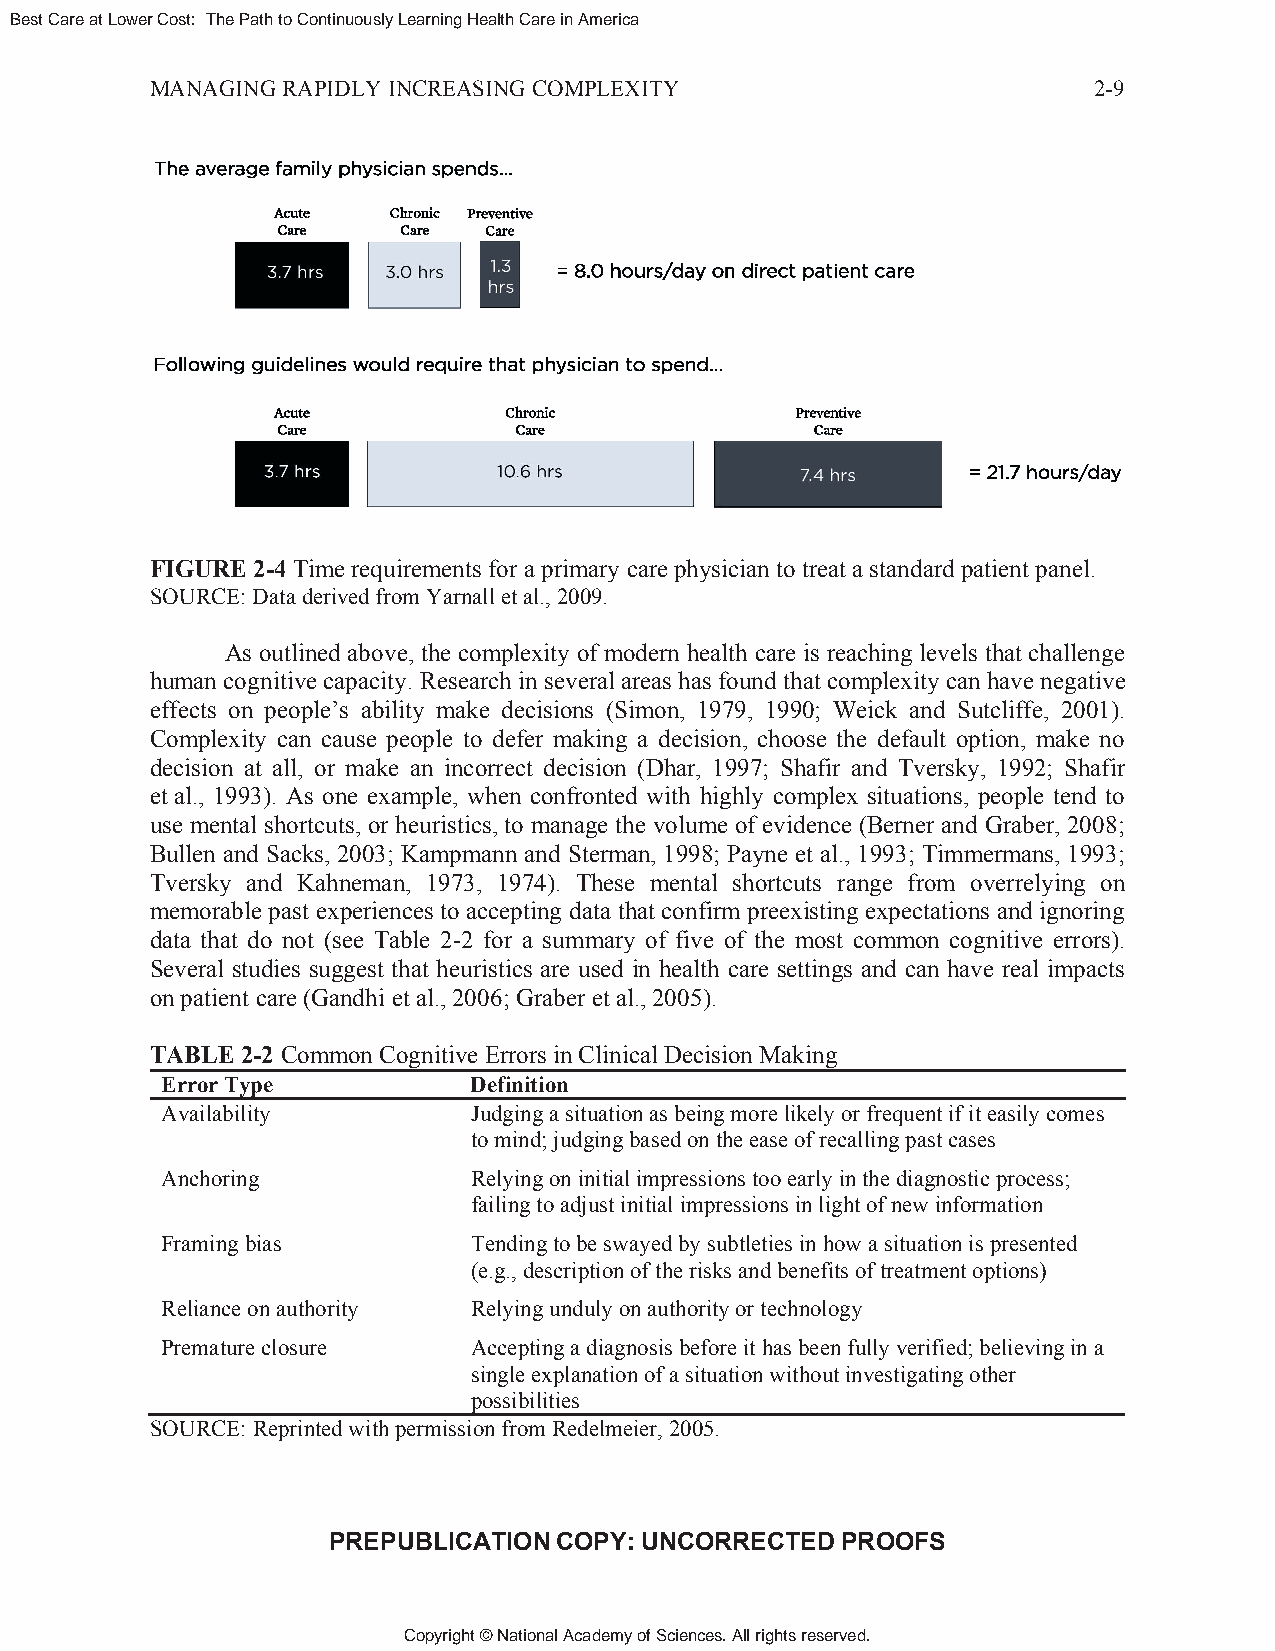
Best Care at Lower Cost: The Path to Continuously Learning Health Care in America
 MANAGING RAPIDLY INCREASING COMPLEXITY                        2-9
 FIGURE 2-4 Time requirements for a primary care physician to treat a standard patient panel.
 SOURCE: Data derived from Yarnall et al., 2009.
 As outlined above, the complexity of modern health care is reaching levels that challenge
 human cognitive capacity. Research in several areas has found that complexity can have negative
 effects on people’s ability make decisions (Simon, 1979, 1990; Weick and Sutcliffe, 2001).
 Complexity can cause people to defer making a decision, choose the default option, make no
 decision at all, or make an incorrect decision (Dhar, 1997; Shafir and Tversky, 1992; Shafir
 et al., 1993). As one example, when confronted with highly complex situations, people tend to
 use mental shortcuts, or heuristics, to manage the volume of evidence (Berner and Graber, 2008;
 Bullen and Sacks, 2003; Kampmann and Sterman, 1998; Payne et al., 1993; Timmermans, 1993;
 Tversky and Kahneman, 1973, 1974). These mental shortcuts range from overrelying on
 memorable past experiences to accepting data that confirm preexisting expectations and ignoring
 data that do not (see Table 2-2 for a summary of five of the most common cognitive errors).
 Several studies suggest that heuristics are used in health care settings and can have real impacts
 on patient care (Gandhi et al., 2006; Graber et al., 2005).
 TABLE 2-2 Common Cognitive Errors in Clinical Decision Making
 Error Type          Definition
 Availability        Judging a situation as being more likely or frequent if it easily comes
 to mind; judging based on the ease of recalling past cases
 Anchoring           Relying on initial impressions too early in the diagnostic process;
 failing to adjust initial impressions in light of new information
 Framing bias        Tending to be swayed by subtleties in how a situation is presented
 (e.g., description of the risks and benefits of treatment options)
 Reliance on authority Relying unduly on authority or technology
 Premature closure   Accepting a diagnosis before it has been fully verified; believing in a
 single explanation of a situation without investigating other
 possibilities
 SOURCE: Reprinted with permission from Redelmeier, 2005.
 PREPUBLICATION COPY: UNCORRECTED  PROOFS
 Copyright © National Academy of Sciences. All rights reserved.